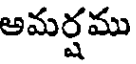
అమర్షము